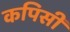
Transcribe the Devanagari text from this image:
कपिसी